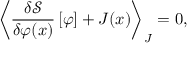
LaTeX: { \left\langle { \frac { \delta { \mathcal { S } } } { \delta \varphi ( x ) } } \left[ \varphi \right] + J ( x ) \right\rangle } _ { J } = 0 ,